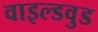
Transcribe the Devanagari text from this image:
वाइल्डवुड